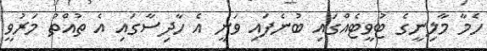
ހެމާ މާލިނީގެ ޓުވީޓެއްގައި ބުނެފައި ވަނީ އެ ހާދިސާގައި އެ ތުއްތު މަރުވީ